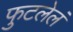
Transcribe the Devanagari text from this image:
फुटलेलं